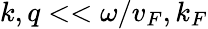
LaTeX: k,q<<\omega/v_{F},k_{F}